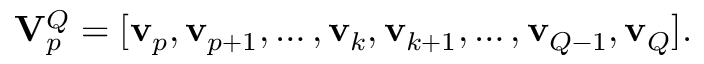
\mathbf { { V } } _ { p } ^ { Q } = [ \mathbf { v } _ { p } , \mathbf { v } _ { p + 1 } , \ldots , \mathbf { v } _ { k } , \mathbf { v } _ { k + 1 } , \ldots , \mathbf { v } _ { Q - 1 } , \mathbf { v } _ { Q } ] .